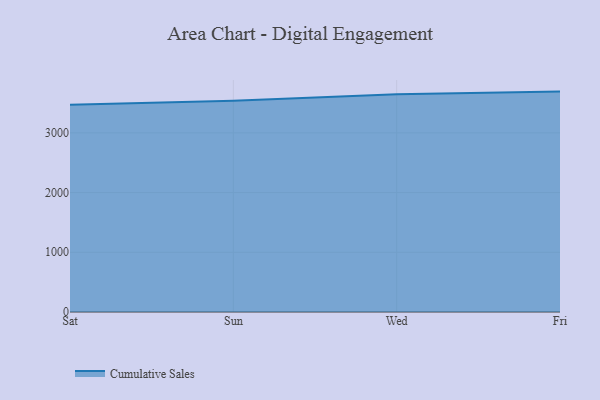
{"axis": {"x": "Day", "y": "Active Users"}, "legend": ["Cumulative Sales"], "data": [{"x": "Sat", "y": 3470.7, "type": "Cumulative Sales"}, {"x": "Sun", "y": 3536.8, "type": "Cumulative Sales"}, {"x": "Wed", "y": 3645.5, "type": "Cumulative Sales"}, {"x": "Fri", "y": 3691.3, "type": "Cumulative Sales"}]}